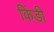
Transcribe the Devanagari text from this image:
किंडी